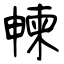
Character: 朄